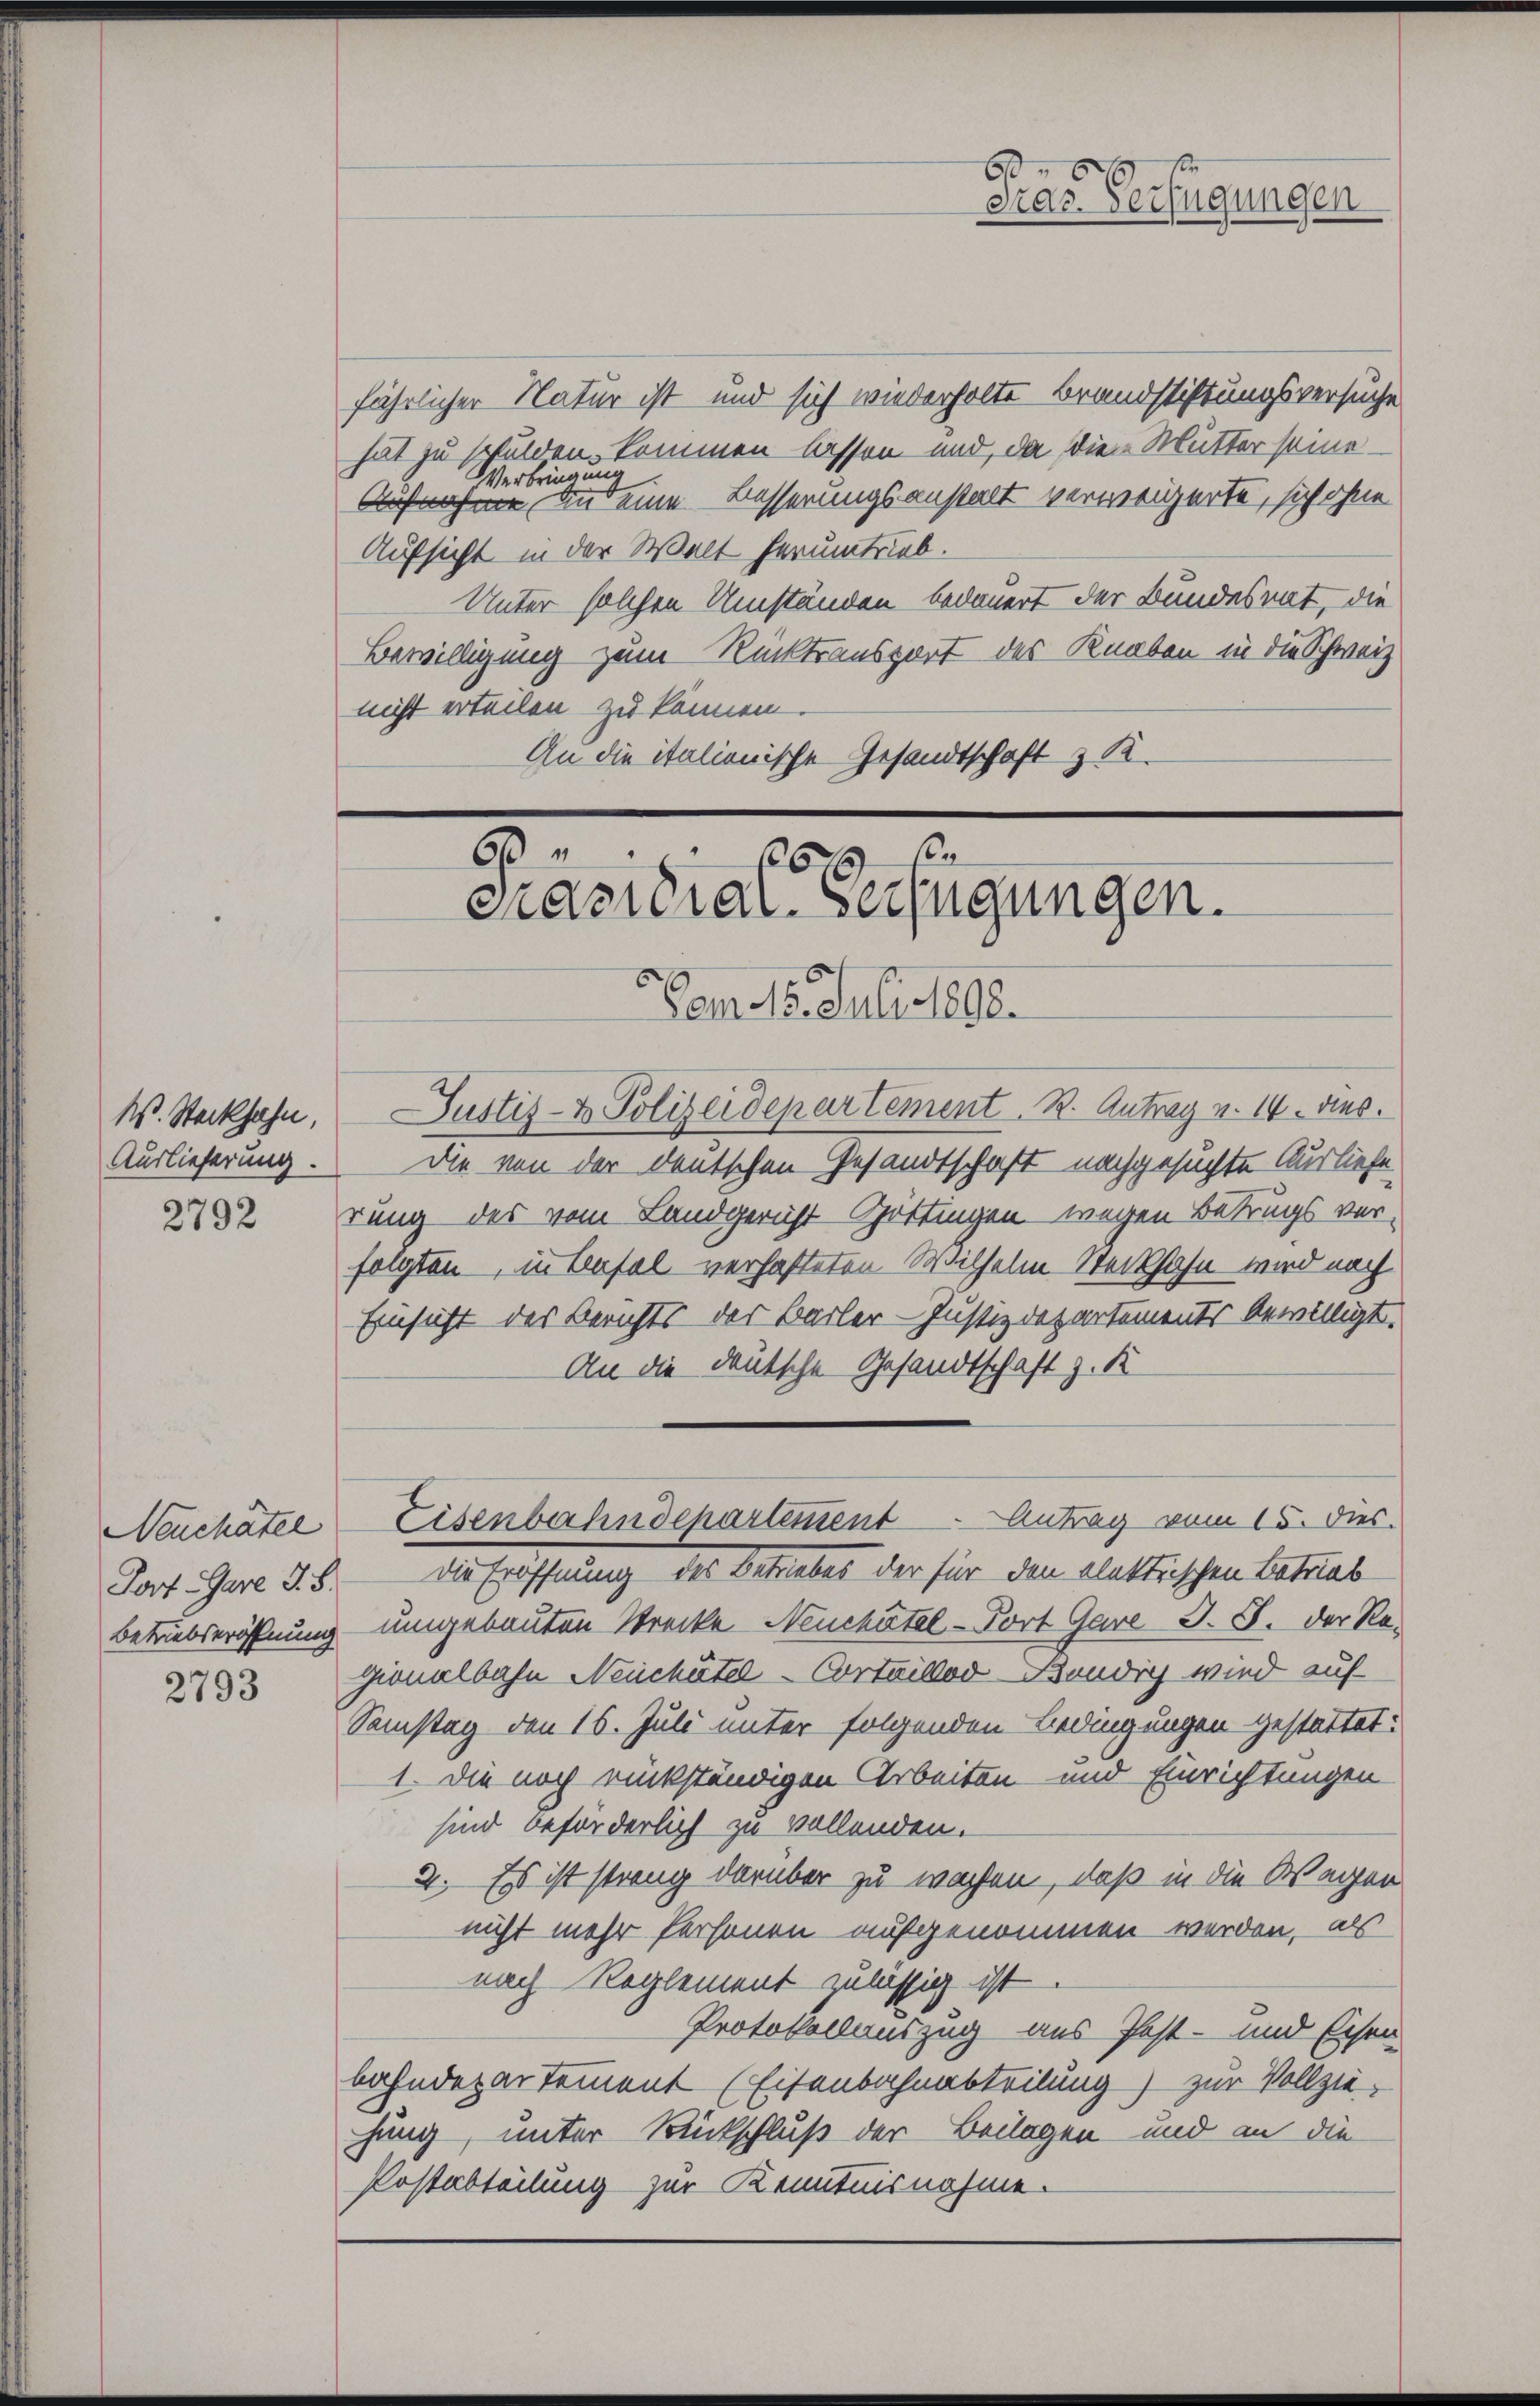
W. Stockhahn,
Auslieferung.

2792

Neuchâtel
Post-Gare d. 8.
Betriebseröffnung

2793

fährlicher Natur ist und sich wiederholte Brandstiftungsversuche
hat zu schulden kommen lassen und, da die Mutter seine
Verbringung
Aufnahme und eine Besserungsanstalt verweigerte, sich ohne
Aufsicht in der Welt herumtrieb.
Unter solchen Umständen bedauert der Bundesrat, die
Bewilligung zum Rücktransport des Knaben in die Schweiz
nicht erteilen zu können.
An die italienische Gesandtschaft z. R.

60
6 x
Präsidial-Verfügungen.

60
Sras. Verfügungen

Eisenbahndepartement Antrag vom 15. dies

am 5. Julisses.
Justiz- & Polizeidepartement. B. Antrag v. 14. dies
Die von der deutschen Gesandtschaft nachgesuchte Ausliefe
rung des vom Landgericht Gottingen wegen Betrugs verfolgten, in teufel verhafteten Wilhelm Steckfahn wird noch
Einsicht des Berichts der Barler - Justizdepartements bewilligt.
An die deutsche Gesandtschaft z. K
Die Eröffnung des Betriebes der für den elektrischen Betrieb
umgebauten Strecke Neuchâtel-Port Gare J. J. der Regionalbahn Neuchâtel - Cortaillod Bändig wird auf
Samstag den 16. Juli unter folgenden Ledingungen gestattet:
1. Die noch rückständigen Arbeiten und Einrichtungen
sind beförderlich zu vollenden.
2. Es ist streng darüber zu wachen, daß in die Wagen
nicht mehr Personen aufgenommen werden, als
nach Reglement zulässig ist.
Protokollauszug aus Past- und Eisen
bahndepartement (Eisenbahnabteilung) zur Vollzie-
hung, unter Rückschluß der Beilagen und an die
Postabteilung zur Kenntnisnahme.